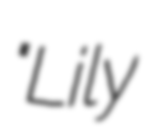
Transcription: "Lily